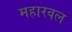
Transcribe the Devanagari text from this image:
महारवल